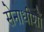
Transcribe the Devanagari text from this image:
सेनाधीशों